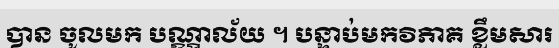
បាន ចូលមក បណ្ណាល័យ ។ បន្ទាប់មកវិភាគ ខ្លឹមសារ